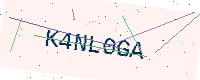
Text: K4NL0GA